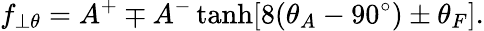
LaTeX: f_{\perp\theta}=A^{+}\mp A^{-}\operatorname{tanh}[8(\theta_{A}-90^{\circ})\pm\theta_{F}].